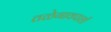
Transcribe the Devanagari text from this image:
तळेगावपाशी